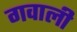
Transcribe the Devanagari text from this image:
गवाली